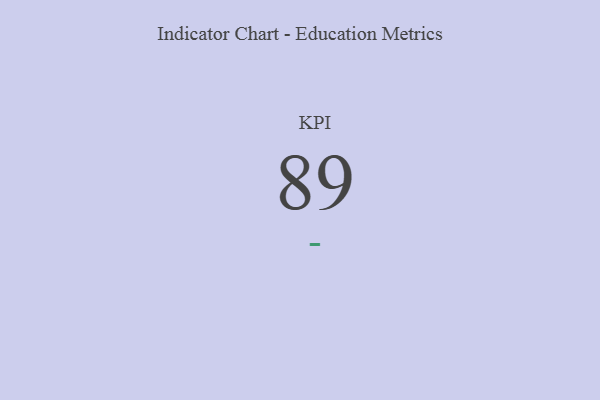
{"axis": {"x": "KPI", "y": "Value"}, "legend": [""], "data": [{"x": "KPI", "y": 89, "type": ""}]}